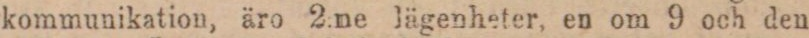
kommunikation, äro 2:ne lägenheter, en om 9 och den